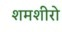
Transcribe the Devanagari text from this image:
शमशीरो